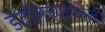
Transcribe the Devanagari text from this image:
डेटॉलच्याऐवजी